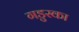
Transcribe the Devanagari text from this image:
गडुस्का